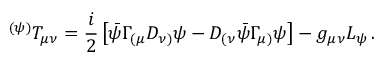
{ } ^ { ( \psi ) } T _ { \mu \nu } = \frac { i } { 2 } \left[ \bar { \psi } \Gamma _ { ( \mu } D _ { \nu ) } \psi - D _ { ( \nu } \bar { \psi } \Gamma _ { \mu ) } \psi \right] - g _ { \mu \nu } L _ { \psi } \, .